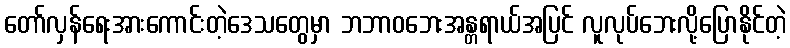
တော်လှန်ရေးအားကောင်းတဲ့ဒေသတွေမှာ ဘဘာဝဘေးအန္တရာယ်အပြင် လူလုပ်ဘေးလို့ပြောနိုင်တဲ့